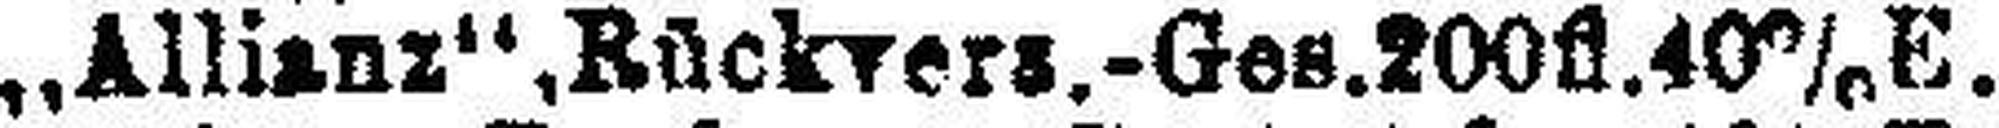
„Allianz“,Rückvers.-Ges.200fl.40% E.